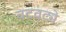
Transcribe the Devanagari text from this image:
वटवट्ये